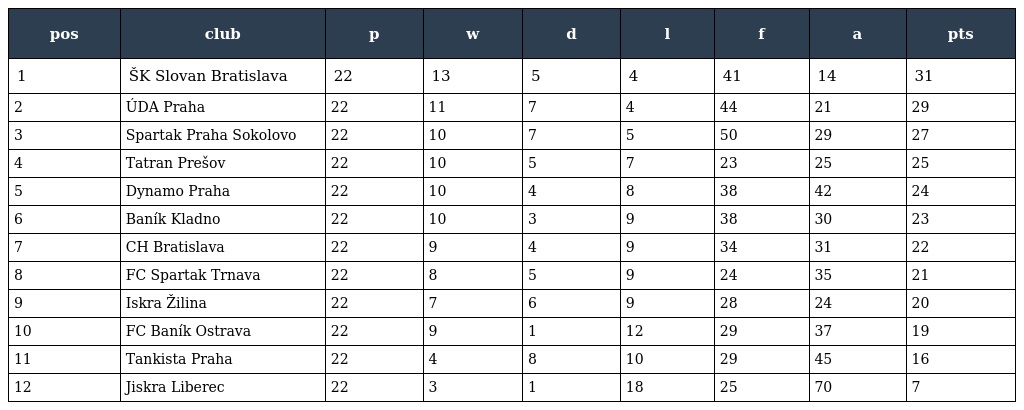
| pos | club | p | w | d | l | f | a | pts |
 | --- | --- | --- | --- | --- | --- | --- | --- | --- |
 | 1 | ŠK Slovan Bratislava | 22 | 13 | 5 | 4 | 41 | 14 | 31 |
 | 2 | ÚDA Praha | 22 | 11 | 7 | 4 | 44 | 21 | 29 |
 | 3 | Spartak Praha Sokolovo | 22 | 10 | 7 | 5 | 50 | 29 | 27 |
 | 4 | Tatran Prešov | 22 | 10 | 5 | 7 | 23 | 25 | 25 |
 | 5 | Dynamo Praha | 22 | 10 | 4 | 8 | 38 | 42 | 24 |
 | 6 | Baník Kladno | 22 | 10 | 3 | 9 | 38 | 30 | 23 |
 | 7 | CH Bratislava | 22 | 9 | 4 | 9 | 34 | 31 | 22 |
 | 8 | FC Spartak Trnava | 22 | 8 | 5 | 9 | 24 | 35 | 21 |
 | 9 | Iskra Žilina | 22 | 7 | 6 | 9 | 28 | 24 | 20 |
 | 10 | FC Baník Ostrava | 22 | 9 | 1 | 12 | 29 | 37 | 19 |
 | 11 | Tankista Praha | 22 | 4 | 8 | 10 | 29 | 45 | 16 |
 | 12 | Jiskra Liberec | 22 | 3 | 1 | 18 | 25 | 70 | 7 |